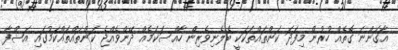
އާގަންނަ ގޮތެއް ހުރުން މިފަދަ ކަންތައްތަކަކީ ބެލެނިވެރިން ހާއްސަކަމެއް ދޭންވެއްޖެ ކަންތައްތައްކަމުގައި އަޝްފާ